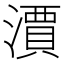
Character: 𣿦